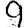
Digit: 9